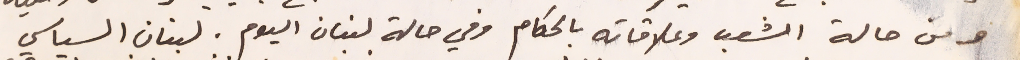
ومن حالة الشعب وعلاقاته بالحكام وفي حالة لبنان اليوم . لبنان السياسي